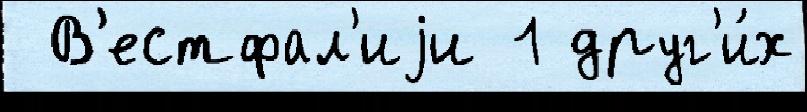
 В'естфал'иjи 1 друг'и́х